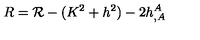
R = { \cal R } - ( K ^ { 2 } + h ^ { 2 } ) - 2 h _ { , A } ^ { A }